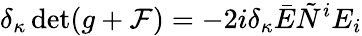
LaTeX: \delta_{\kappa}\operatorname*{det}(g+{\cal F})=-2i\delta_{\kappa}\bar{E}\tilde{N}^{i}E_{i}